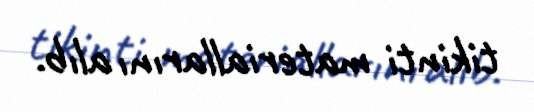
tikinti materiallarını alıb.